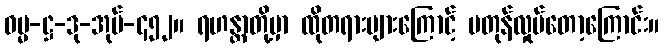
ဓမ္မ-ဋ္ဌ-ဒု-အုပ်-၄၅၂။ ရဟန္တာတို့မှာ ထိုတရားများကြောင့် မတုန်လှုပ်တော့ကြောင်း။